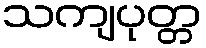
သကျပုတ္တ